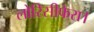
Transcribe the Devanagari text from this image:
लोरिसीफेरा।